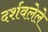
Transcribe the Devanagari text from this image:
दर्शवलेले